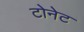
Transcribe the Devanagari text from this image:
टोनेट